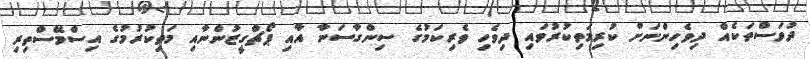
ދުވަސްތަކެއް ދިވެހިންނަށް ކުރިމަތިކުރުވައި ދިވެހި ވެރިކަމުގެ ސިންގާސަނާ އާއި ޕޯޗްގީޒުންނާއި މަތިކުރުމުގެ އިސްމޭސްތިރި